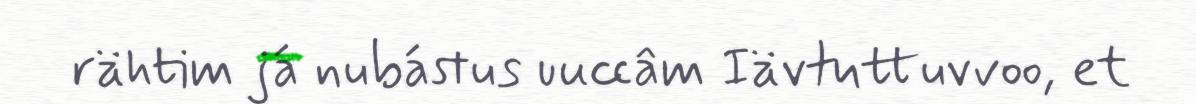
rähtim já nubástus uuccâm Iävtuttuvvoo, et